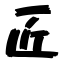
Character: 匠